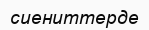
сиениттерде